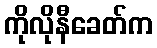
ကိုလိုနီခေတ်က